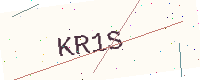
Text: KR1S